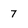
Character: 7